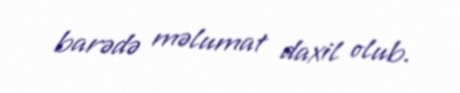
barədə məlumat daxil olub.